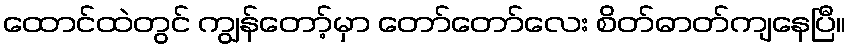
ထောင်ထဲတွင် ကျွန်တော့်မှာ တော်တော်လေး စိတ်ဓာတ်ကျနေပြီ။